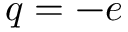
q = - e